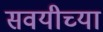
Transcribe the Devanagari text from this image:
सवयीच्या